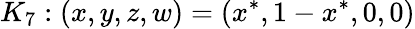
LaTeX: K_{7}:(x,y,z,w)=(x^{*},1-x^{*},0,0)